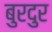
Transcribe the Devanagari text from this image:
बुरदुर